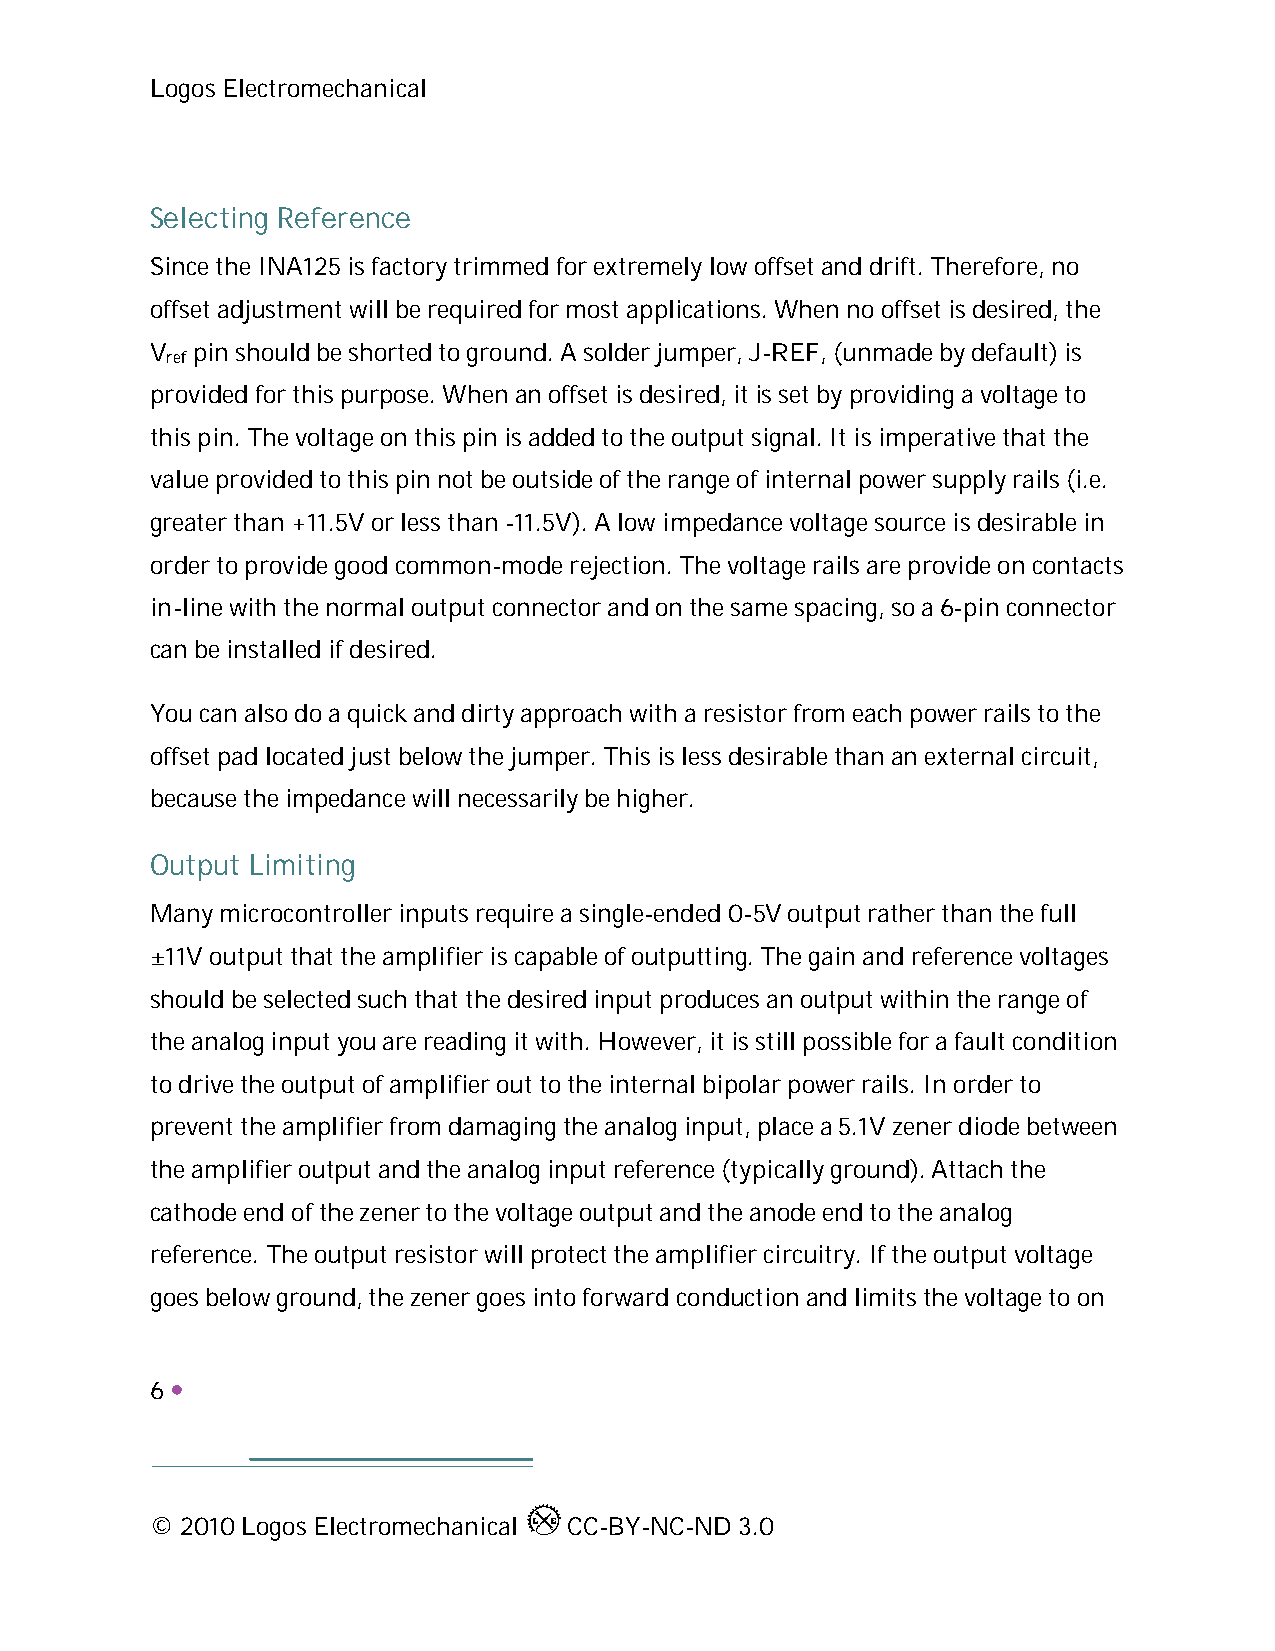
Logos Electromechanical
 Selecting Reference
 Since the INA125 is factory trimmed for extremely low offset and drift. Therefore, no
 offset adjustment will be required for most applications. When no offset is desired, the
 V  pin should be shorted to ground. A solder jumper, J-REF, (unmade by default) is
 ref
 provided for this purpose. When an offset is desired, it is set by providing a voltage to
 this pin. The voltage on this pin is added to the output signal. It is imperative that the
 value provided to this pin not be outside of the range of internal power supply rails (i.e.
 greater than +11.5V or less than -11.5V). A low impedance voltage source is desirable in
 order to provide good common-mode rejection. The voltage rails are provide on contacts
 in-line with the normal output connector and on the same spacing, so a 6-pin connector
 can be installed if desired.
 You can also do a quick and dirty approach with a resistor from each power rails to the
 offset pad located just below the jumper. This is less desirable than an external circuit,
 because the impedance will necessarily be higher.
 Output Limiting
 Many microcontroller inputs require a single-ended 0-5V output rather than the full
 ±11V output that the amplifier is capable of outputting. The gain and reference voltages
 should be selected such that the desired input produces an output within the range of
 the analog input you are reading it with. However, it is still possible for a fault condition
 to drive the output of amplifier out to the internal bipolar power rails. In order to
 prevent the amplifier from damaging the analog input, place a 5.1V zener diode between
 the amplifier output and the analog input reference (typically ground). Attach the
 cathode end of the zener to the voltage output and the anode end to the analog
 reference. The output resistor will protect the amplifier circuitry. If the output voltage
 goes below ground, the zener goes into forward conduction and limits the voltage to on
 6 
 © 2010 Logos Electromechanical CC-BY-NC-ND 3.0